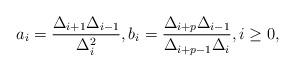
LaTeX: \begin{align*}a_i=\frac{\Delta_{i+1}\Delta_{i-1}}{\Delta_i^2},b_i=\frac{\Delta_{i+p}\Delta_{i-1}}{\Delta_{i+p-1}\Delta_i},i\ge 0,\end{align*}